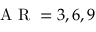
\mathrm { ~ A ~ R ~ } = 3 , 6 , 9